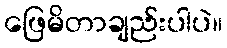
ဖြေမိတာချည်းပါပဲ။